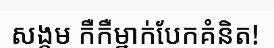
សង្គម កឺកឺម្នាក់បែកគំនិត!